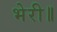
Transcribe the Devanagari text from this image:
भेरी॥